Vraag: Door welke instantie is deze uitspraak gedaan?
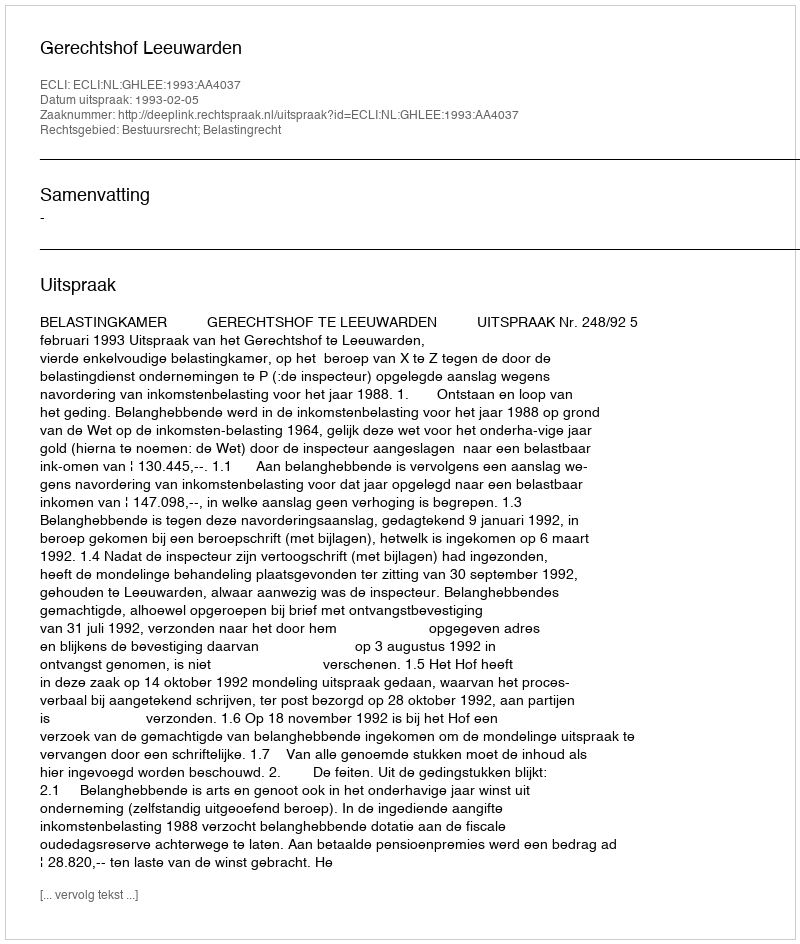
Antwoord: Gerechtshof Leeuwarden